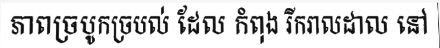
ភាពច្របូកច្របល់ ដែល កំពុង រីករាលដាល នៅ